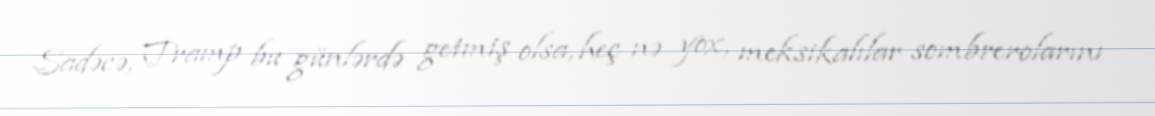
Sadəcə, Tramp bu günlərdə getmiş olsa, heç nə yox, meksikalılar sombrerolarını